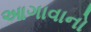
આગાવાનો